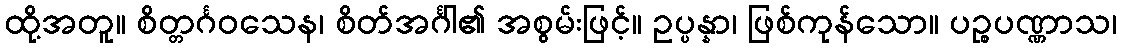
ထို့အတူ။ စိတ္တင်္ဂဝသေန၊ စိတ်အင်္ဂါ၏ အစွမ်းဖြင့်။ ဥပ္ပန္နာ၊ ဖြစ်ကုန်သော။ ပဉ္စပဏ္ဏာသ၊